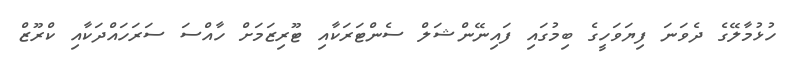
ހުޅުމާލޭގެ ދެވަނަ ފިޔަވަހީގެ ބިމުގައި ފައިނޭންޝަލް ސެންޓަރަކާއި ޓޫރިޒަމަށް ހާއްސަ ސަރަަހައްދަކާއި ކްރޫޒް